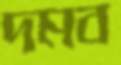
দমব